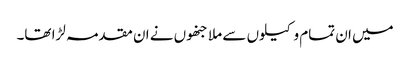
میں ان تمام وکیلوں سے ملا جنھوں نے ان مقدمہ لڑا تھا۔